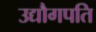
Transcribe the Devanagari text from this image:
उद्यौगपति